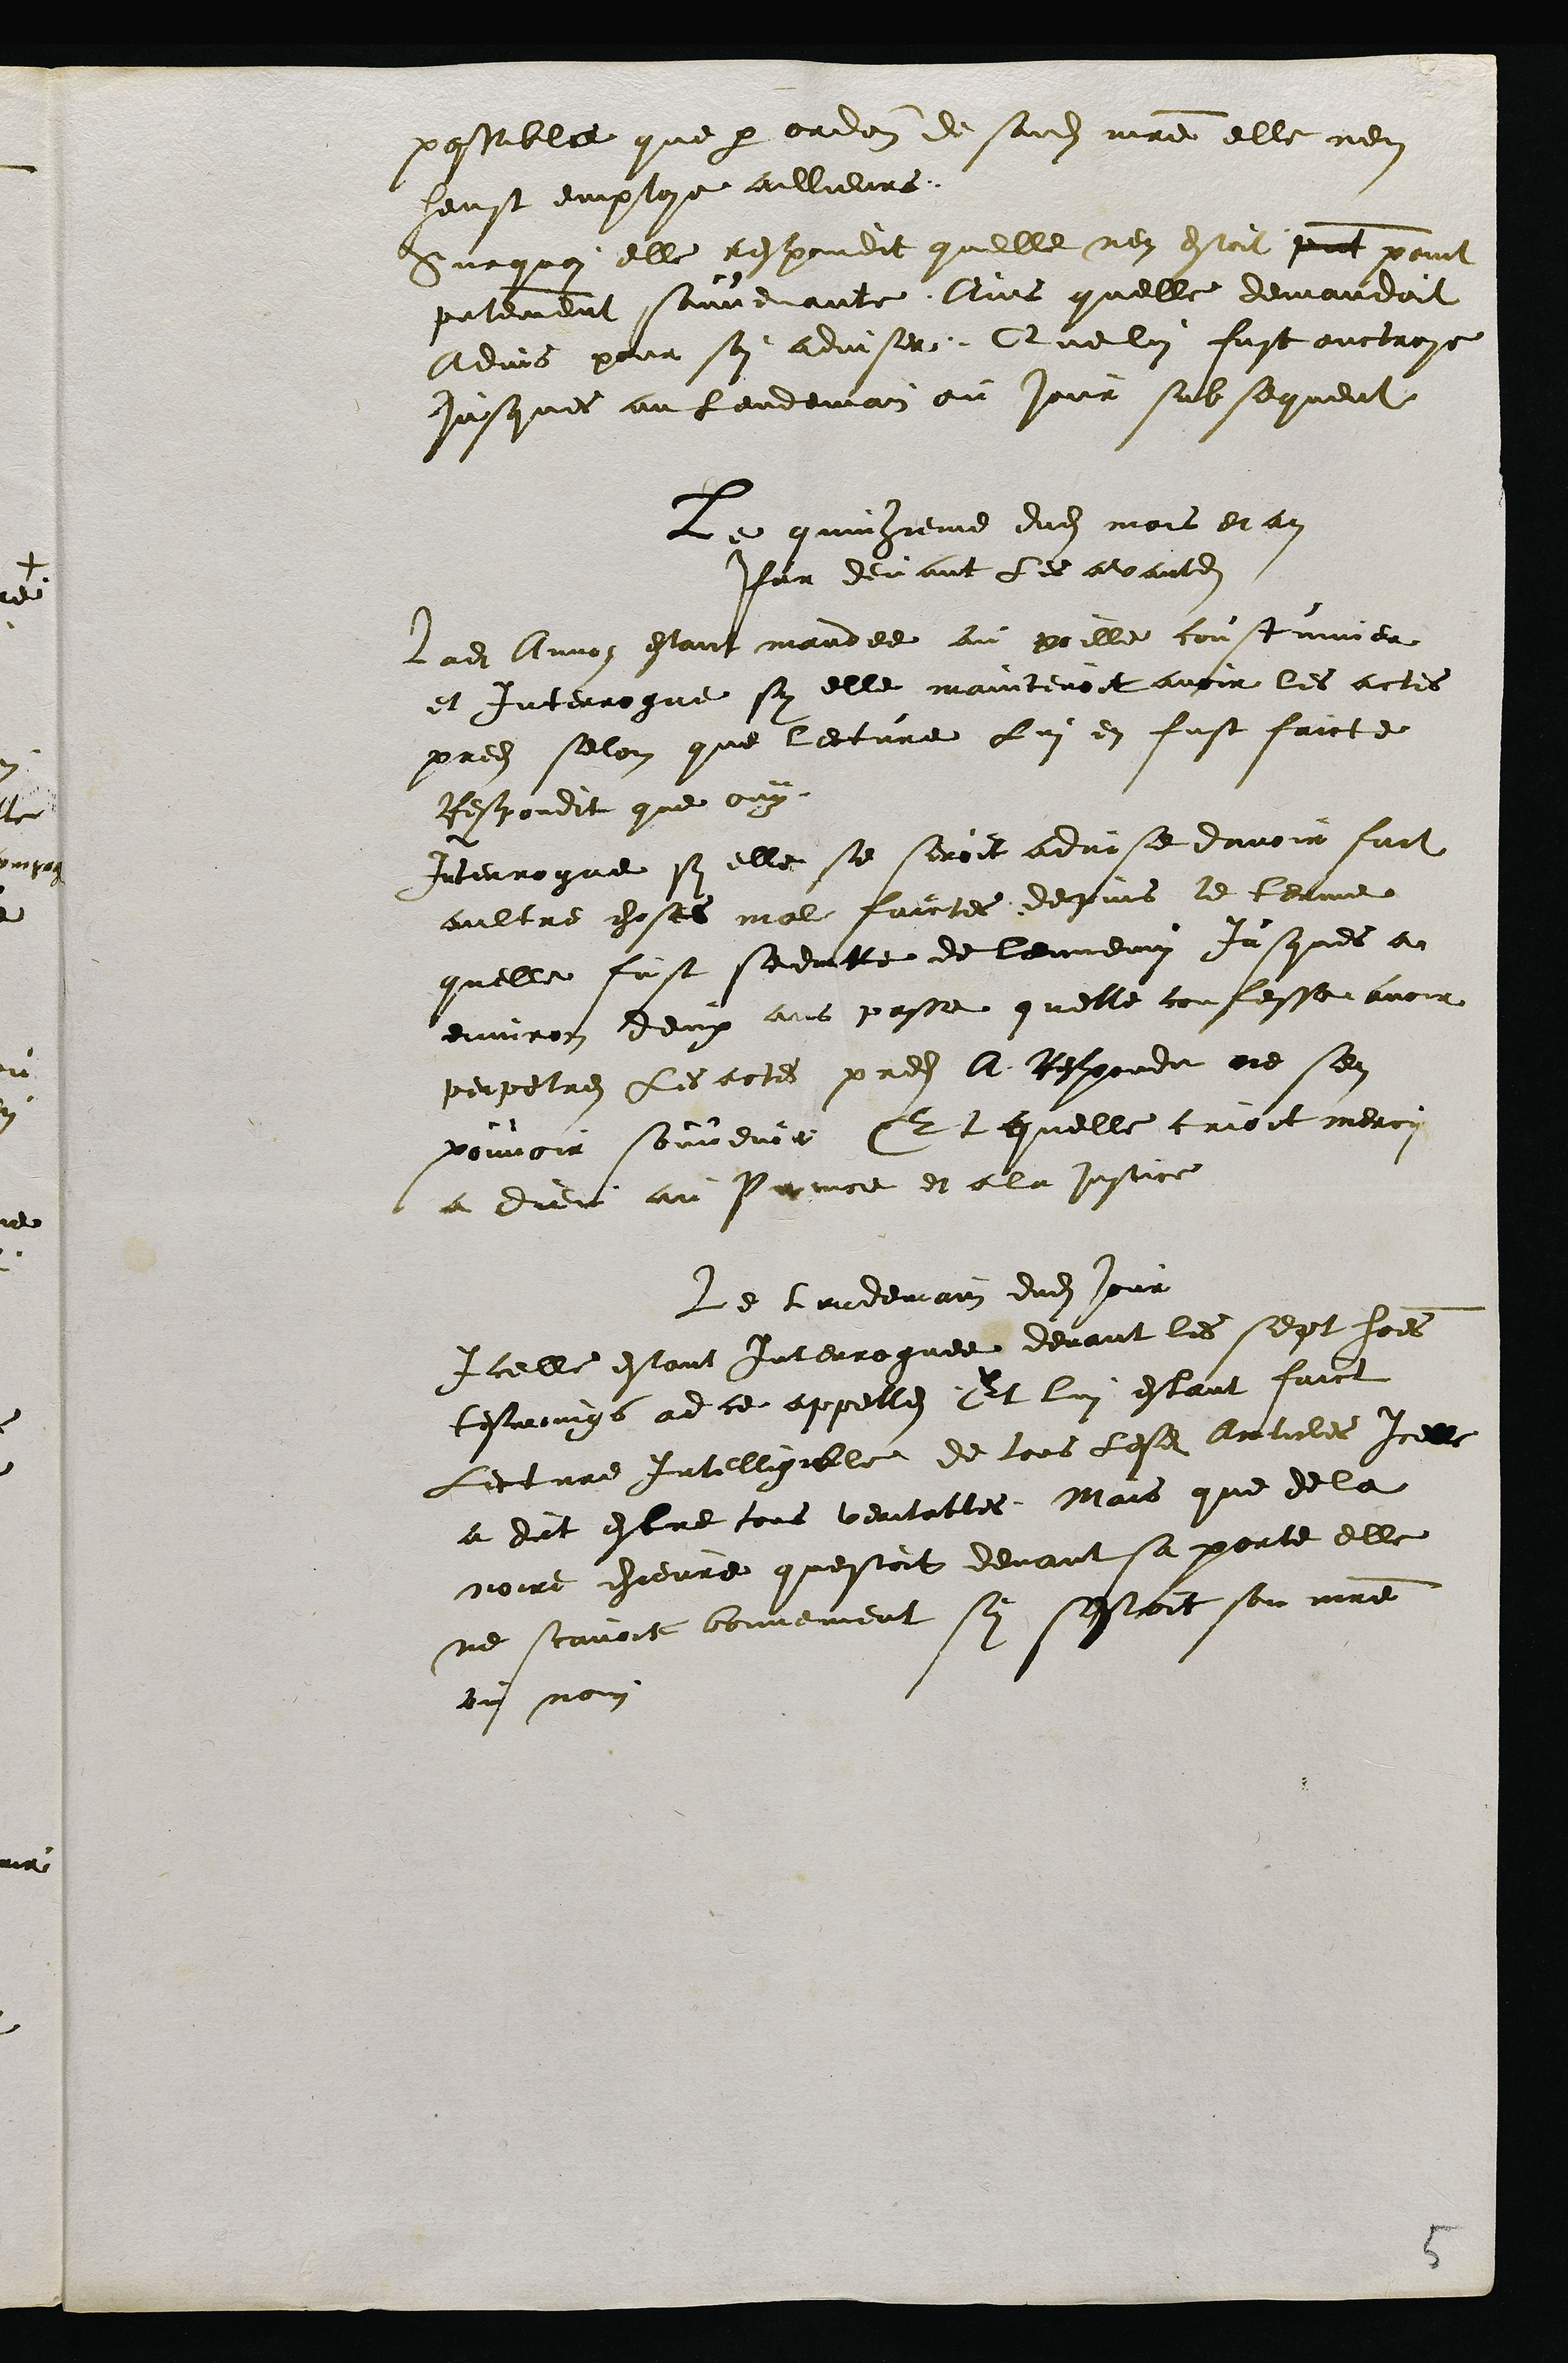
possible que par ordre de sondit maitre elle nen
heust employe aillieurs.
Surquoi elle respondit quelle nen estoit present point
presentement souvenante Ains quelle demandoit
Advis pour soy adviser. Que lui fust ouctroye
jusques au lendeman ou jour subsequent
Le quinzieme dudit mois et an
Par devant les avantdits
Ladite Annoz estant mandee au poille coustumier
et Interrogue sy elle maintenoit avoir les actes
predits selon que lecture lui en fust faicte
Respondit que ouy.
Interrogue sy elle se seroit advise davoir fait
aultre choses mal faictes depuis le terme
quelle fust seduitte de lemenin jusques a
environ deux ans passe quelle confesse avoir
perpetres les actes predits A Respondu ne sen
pouvoir souvenir Et quelle crioit merci
a dieu au Prince et a la justice
Le lendemain dudit jour
Icelle estant Interroguee devant les sept honorables
tesmoings ad ce appelles Et lui estant faict
Lecture Intelligible de tous lesdits articles Icelle
a dit estre tous veritables. Mais que de la
noire chievre questoit devant sa porte elle
ne scavoit bonnement sy sestoit son maitre
ou non.
5